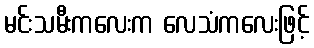
မင်းသမီးကလေးက လေသံကလေးဖြင့်